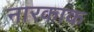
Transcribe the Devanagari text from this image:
नारकाक